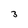
Character: 3